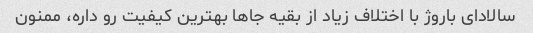
سالادای باروژ با اختلاف زیاد از بقیه جاها بهترین کیفیت رو داره، ممنون